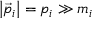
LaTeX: \left| { \vec { p } } _ { i } \right| = p _ { i } \gg m _ { i }